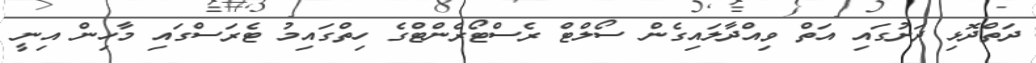
ދަތްދޮޅި ދަށުގައި އަތް ވިއްދާލައިގެން ސޯލްޓް ރެސްޓޯރެންޓްގެ ހިތްގައިމު ޓެރަސްގައި މާހިން އިނީ